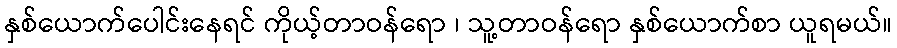
နှစ်ယောက်ပေါင်းနေရင် ကိုယ့်တာဝန်ရော ၊ သူ့တာဝန်ရော နှစ်ယောက်စာ ယူရမယ်။